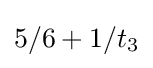
5/6+1/t_{3}